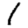
Digit: 1